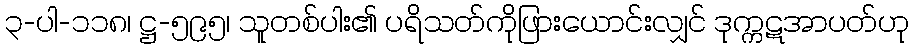
၃-ပါ-၁၁၈၊ ဋ္ဌ-၅၉၅၊ သူတစ်ပါး၏ ပရိသတ်ကိုဖြားယောင်းလျှင် ဒုက္ကဋအာပတ်ဟု